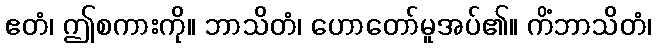
ဧတံ၊ ဤစကားကို။ ဘာသိတံ၊ ဟောတော်မူအပ်၏။ ကိံဘာသိတံ၊